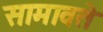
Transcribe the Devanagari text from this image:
सामावते